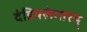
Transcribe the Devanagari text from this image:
दंडियलंगारम्